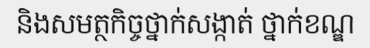
និងសមត្ថកិច្ចថ្នាក់សង្កាត់ ថ្នាក់ខណ្ឌ